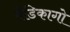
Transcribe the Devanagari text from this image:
मेडिकागो